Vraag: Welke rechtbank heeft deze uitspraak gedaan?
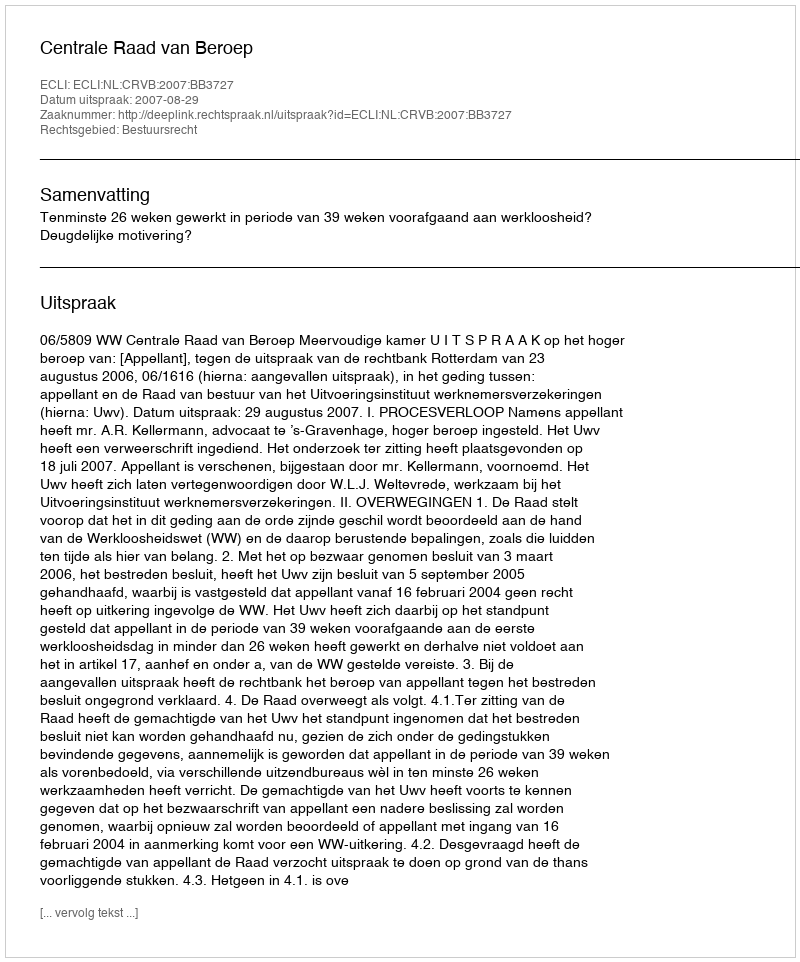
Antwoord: Centrale Raad van Beroep